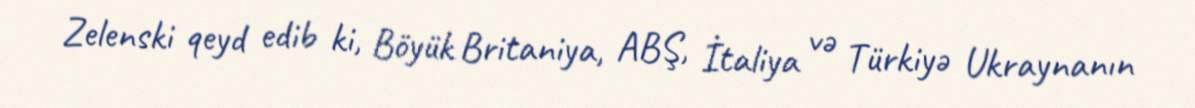
Zelenski qeyd edib ki, Böyük Britaniya, ABŞ, İtaliya və Türkiyə Ukraynanın